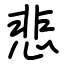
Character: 悲